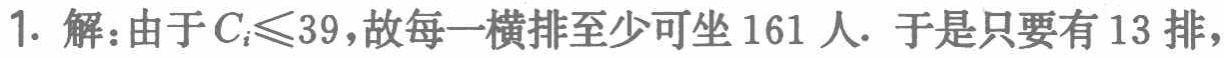
1. 解：由于\(C_{i}\leq39\)，故每一横排至少可坐161人. 于是只要有13排，